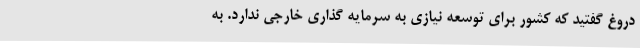
دروغ گفتید که کشور برای توسعه نیازی به سرمایه گذاری خارجی ندارد. به